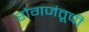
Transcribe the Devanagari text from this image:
रोगजंतूची